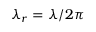
\lambda _ { r } = \lambda / 2 \pi